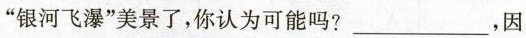
“银河飞瀑”美景了，你认为可能吗?___，因